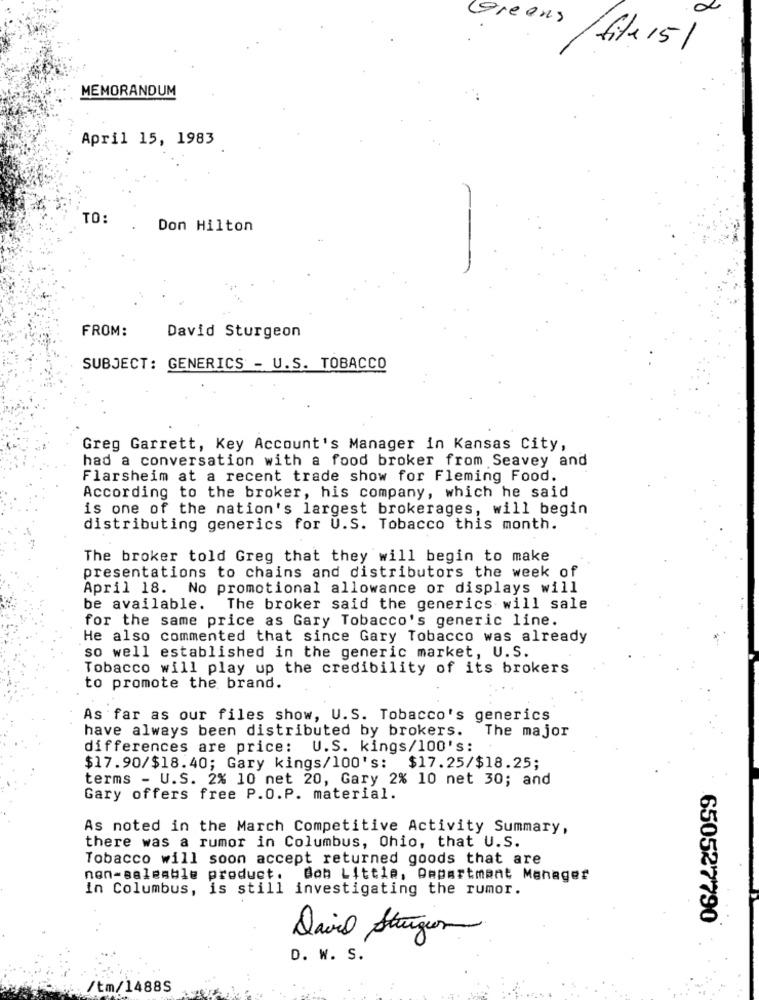
Greens
/ Site /5/
MEMORANDUM
April 15, 1983
TO:
Don Hilton
FROM:
David Sturgeon
SUBJECT: GENERICS - U.S. TOBACCO
Greg Garrett, Key Account's Manager in Kansas City,
had a conversation with a food broker from Seavey and
Flarsheim at a recent trade show for Fleming Food.
According to the broker, his company, which he said
is one of the nation's largest brokerages, will begin
distributing generics for U.S. Tobacco this month.
The broker told Greg that they will begin to make
presentations to chains and distributors the week of
April 18. No promotional allowance or displays will
be available. The broker said the generics will sale
for the same price as Gary Tobacco's generic line.
He also commented that since Gary Tobacco was already
so well established in the generic market, U.S.
Tobacco will play up the credibility of its brokers
to promote the brand.
As far as our files show, U.S. Tobacco's generics
have always been distributed by brokers. The major
differences are price: U.S. kings/100's:
$17.90/$18.40; Gary kings/100's: $17.25/$18.25;
terms - U.S. 2% 10 net 20, Gary 2% 10 net 30; and
Gary offers free P.O.P. material.
As noted in the March Competitive Activity Summary,
there was a rumor in Columbus, Ohio, that U.S.
Tobacco will soon accept returned goods that are
nen-saleable product. Bob Little, Department Manager
in Columbus, is still investigating the rumor.
650527790
Davil Strugion
D. W. S.
/tm/1488S